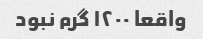
واقعا ۱۲۰۰ گرم نبود